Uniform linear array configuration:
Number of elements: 48
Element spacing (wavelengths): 0.75
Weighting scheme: kaiser
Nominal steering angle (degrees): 45
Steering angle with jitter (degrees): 43.381
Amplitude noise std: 0.05
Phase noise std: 0.05

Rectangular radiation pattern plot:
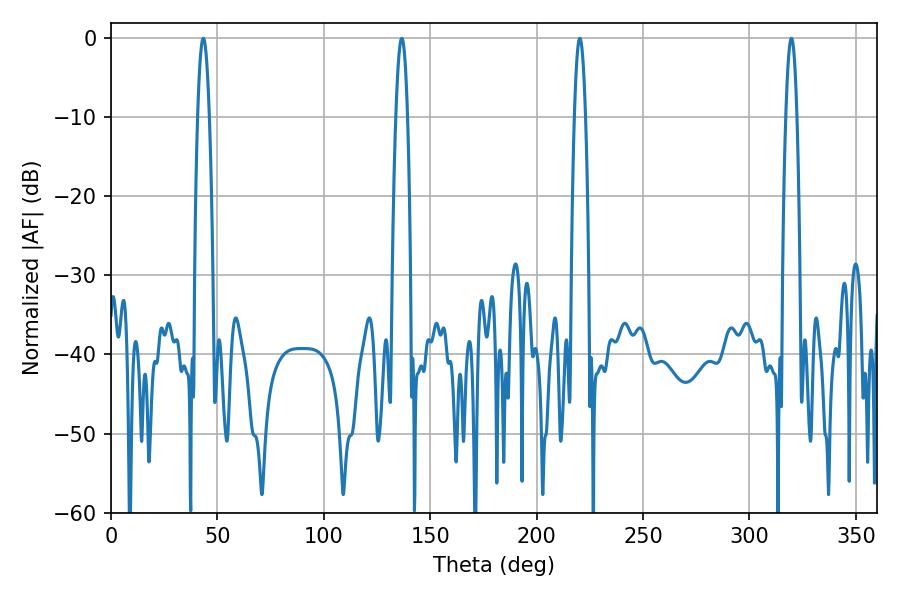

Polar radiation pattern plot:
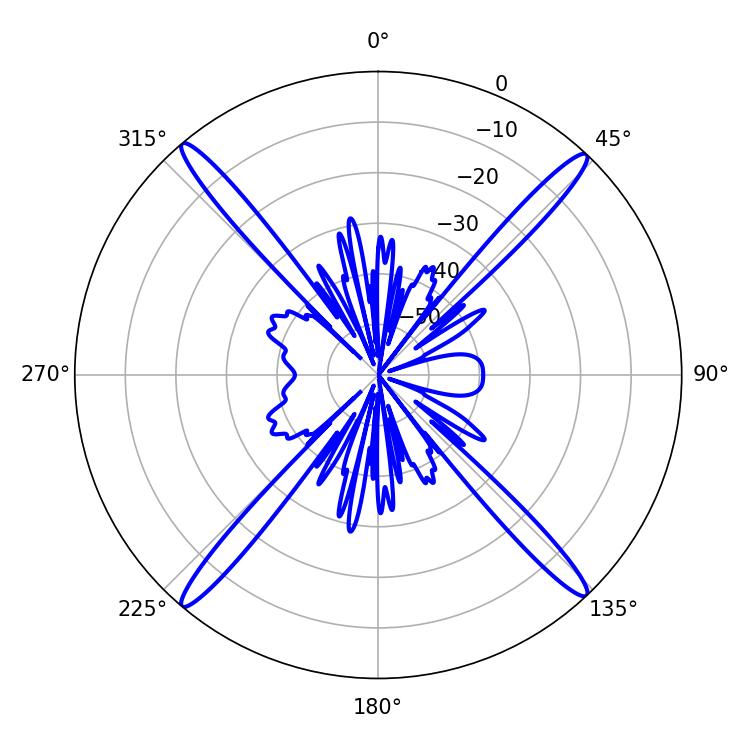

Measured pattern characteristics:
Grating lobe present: TRUE
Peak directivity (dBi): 23.941
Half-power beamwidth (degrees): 2.88
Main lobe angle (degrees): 43.38